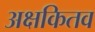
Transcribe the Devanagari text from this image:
अक्षकितव